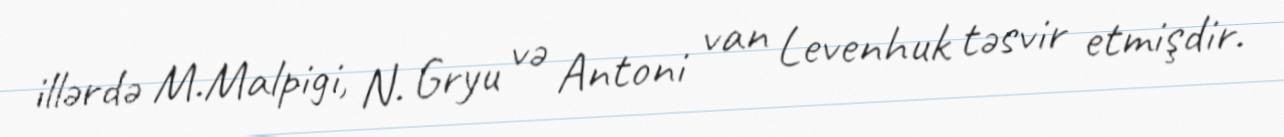
illərdə M.Malpigi, N. Gryu və Antoni van Levenhuk təsvir etmişdir.